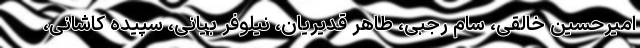
امیرحسین خالقی، سام رجبی، طاهر قدیریان، نیلوفر بیانی، سپیده کاشانی،